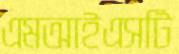
এমআইএসটি